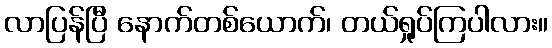
လာပြန်ပြီ နောက်တစ်ယောက်၊ တယ်ရှုပ်ကြပါလား။